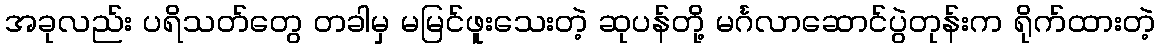
အခုလည်း ပရိသတ်တွေ တခါမှ မမြင်ဖူးသေးတဲ့ ဆုပန်တို့ မင်္ဂလာဆောင်ပွဲတုန်းက ရိုက်ထားတဲ့